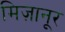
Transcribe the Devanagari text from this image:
मिज़ानूर